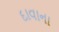
દાવાના